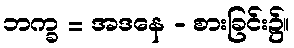
ဘက္ခ = အဒနေ - စားခြင်း၌။